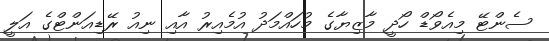
ސެންޓޭ މިއެވޯޑް ހޯދީ މާޒިޔާގެ މުހައްމަދު އުމެއިރު އާއި ނިއު ރޭޑިއަންޓްގެ އަލީ